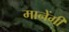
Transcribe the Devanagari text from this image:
मानेंगी